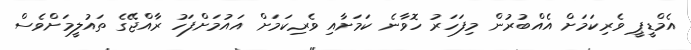
އެމްޑީޕީ ވެރިކަމަށް އެއްބުރުން މިފަހަރު ހޮވާނެ ކަމަށާއި ވެރިކަމަށް އައުމަށްފަހު ރާއްޖޭގެ ތައުލީމަށްވެސް